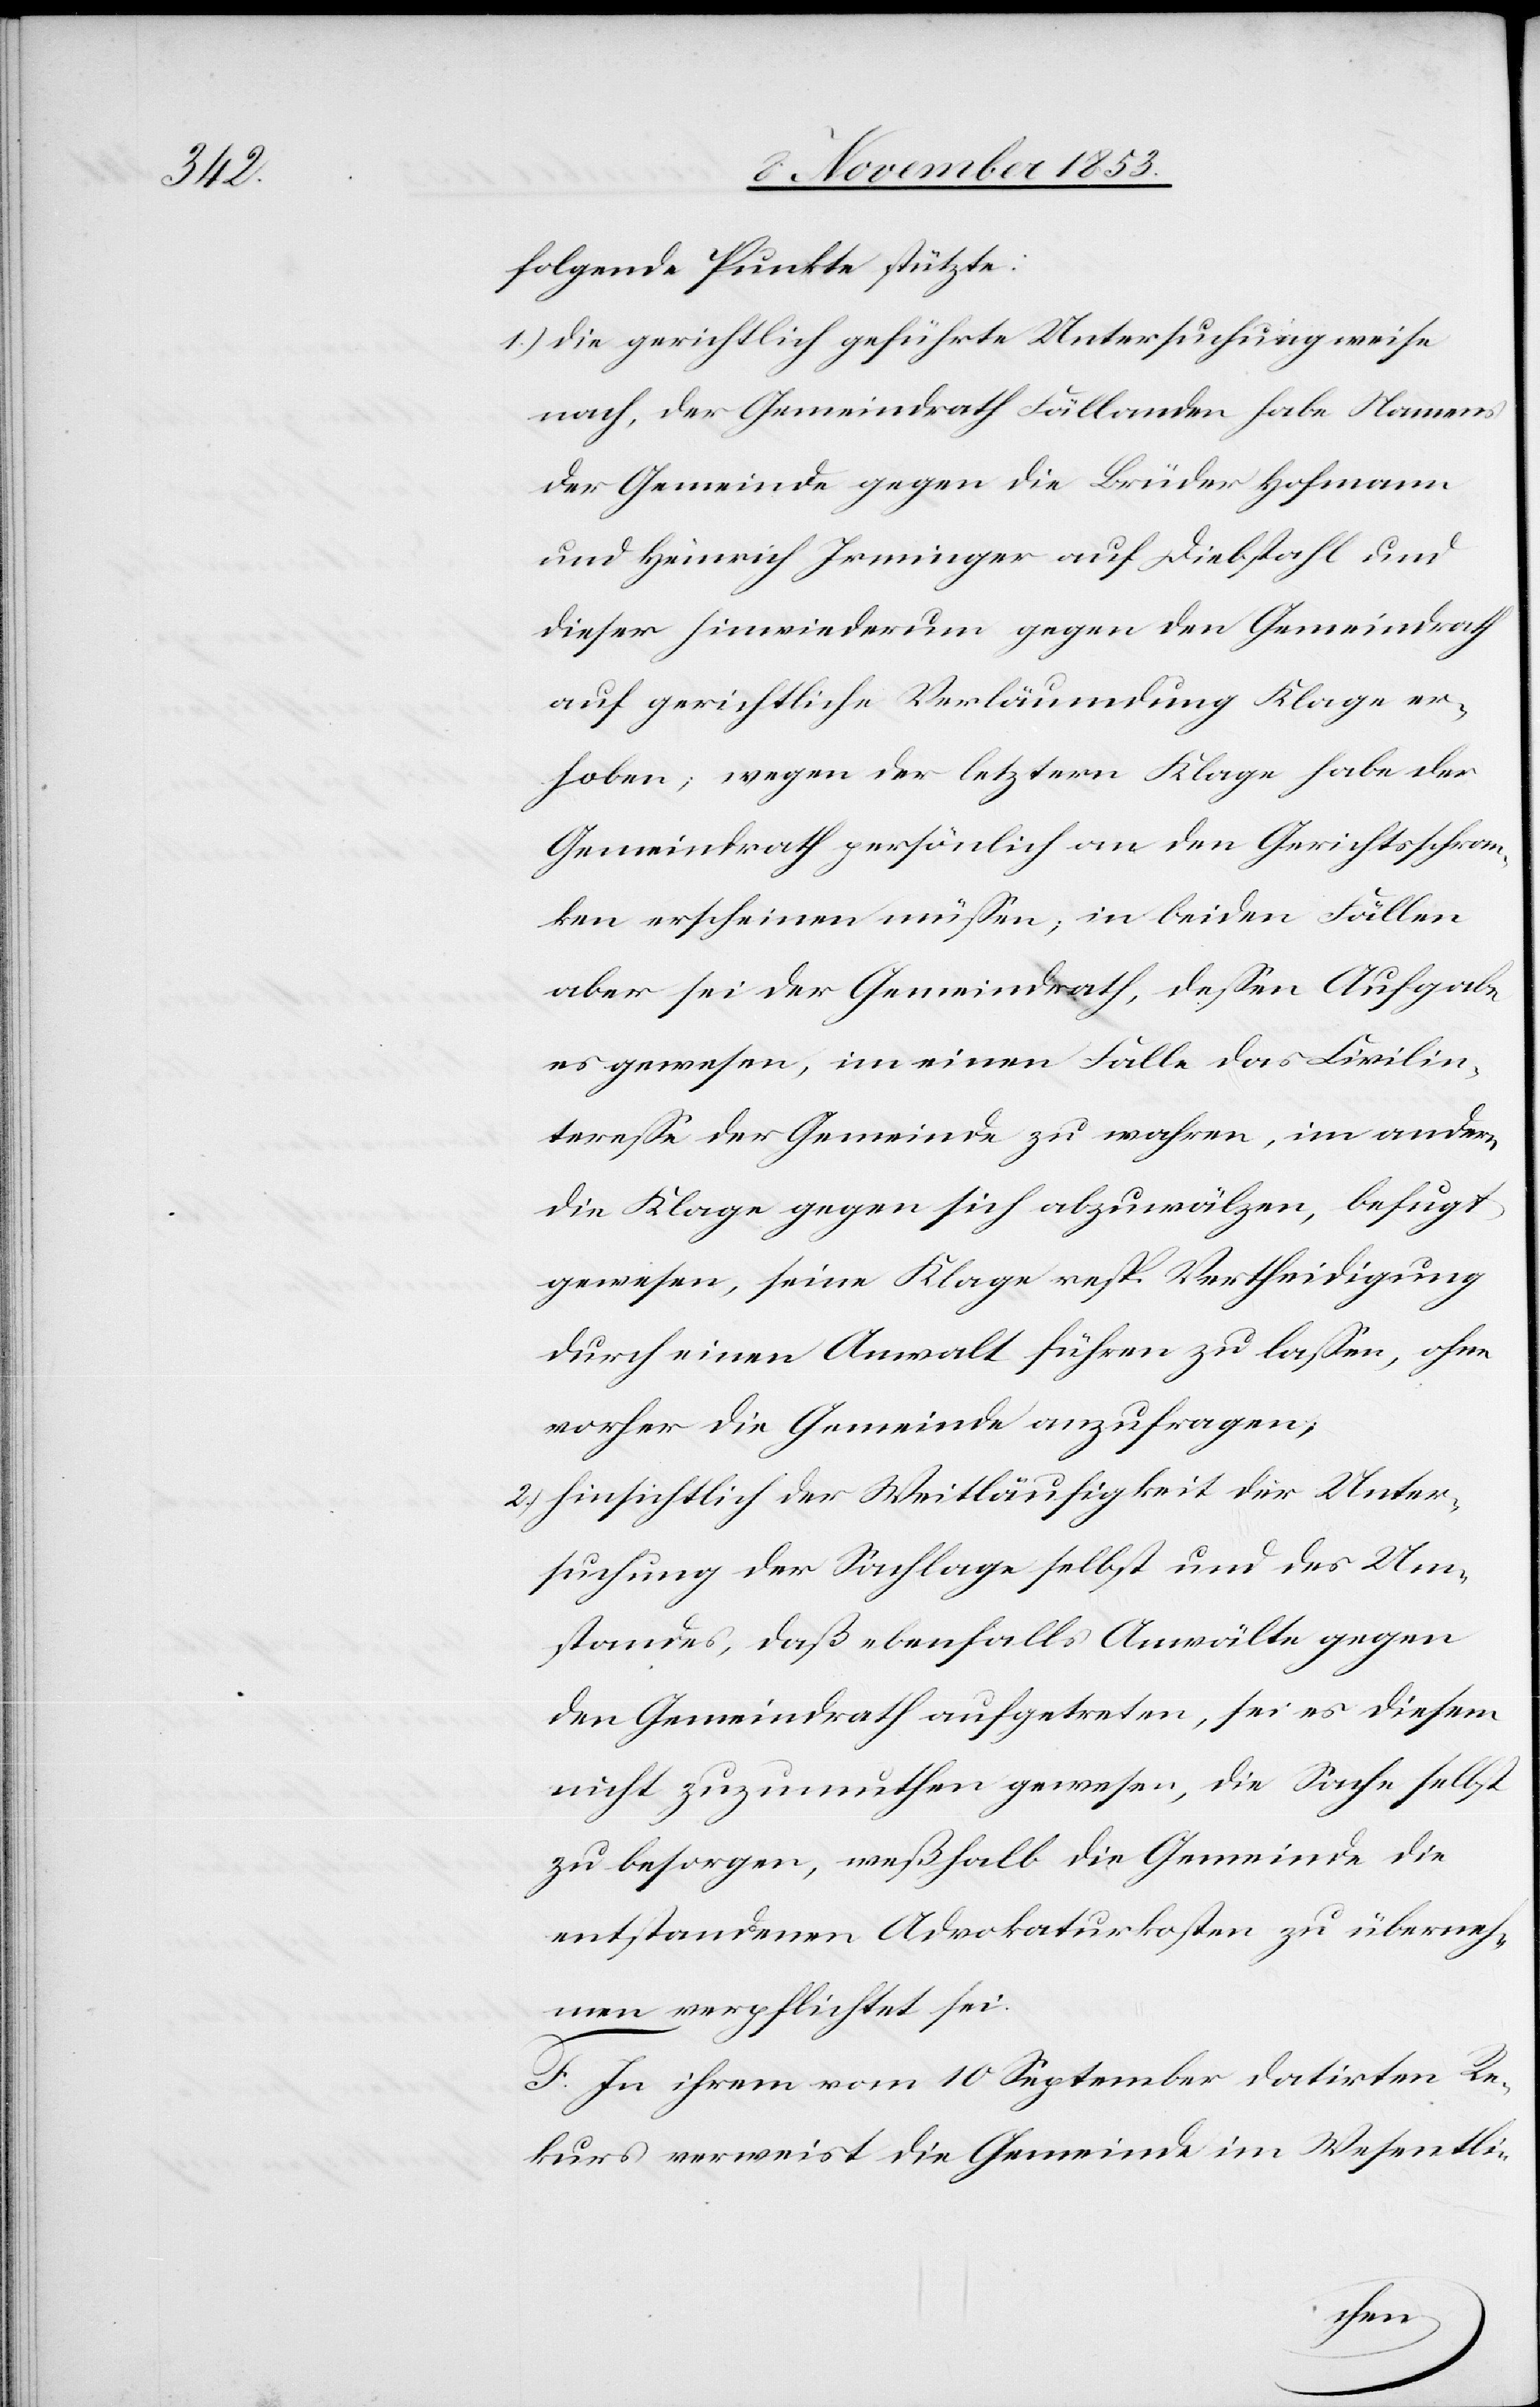
folgende Punkte stützte:
1.) die gerichtlich geführte Untersuchung weise
nach, der Gemeindrath Fällanden habe Namens
der Gemeinde gegen die Brüder Hofmann
und Heinrich Irminger auf Diebstahl und
auf gerichtliche Verläumdung Klage er¬
hoben; wegen der letztern Klage habe der
Gemeindrath persönlich an den Gerichtschran¬
ken erscheinen müßen; in beiden Fällen
aber sei der Gemeindrath, deßen Aufgabe
es gewesen, im einen Falle das Civilin¬
tereße der Gemeinde zu wahren, im andern
die Klage gegen sich abzuwälzen, befugt
gewesen, seine Klage resp. Vertheidigung
durch einen Anwalt führen zu laßen, ohne
vorher die Gemeinde anzufragen,
2) hinsichtlich der Weitläufigkeit der Unter¬
suchung der Sachlage selbst und des Um¬
standes, daß ebenfalls Anwälte gegen
den Gemeindrath aufgetreten, sei es diesem
nicht zuzumuthen gewesen, die Sache selbst
zu besorgen, weßhalb die Gemeinde die
entstandenen Advokaturkosten zu überneh¬
men verpflichtet sei.
F. In ihrem vom 10 September datirten Re¬
kurs verweist die Gemeinde im Wesentli-